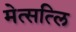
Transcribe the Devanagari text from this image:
मेत्सत्लि